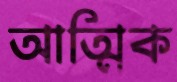
আত্মিক